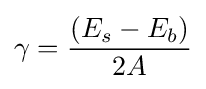
\gamma ={\frac {(E_{s}-E_{b})}{2A}}